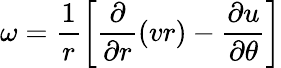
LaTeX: \omega=\frac{1}{r}\left[\frac{\partial}{\partial r}(vr)-\frac{\partial u}{\partial\theta}\right]